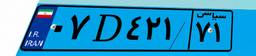
۲۱D۴۰۵۷۳